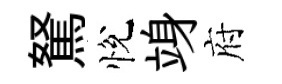
駑悅竧府